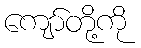
ကျော်တို့ကို